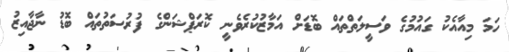
ހަމަ މިއާއެކު ގައުމުގެ ވަސީލަތްތައް ބޮޑަށް އަމާޒުކުރެވެނީ ކޮރަޕްޝަންގެ ފުރުސަތުތައް ބޮޑު ނާޖާއިޒު